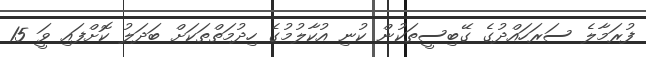
ފުރަމާލެ ސަރަހައްދުގެ ގޭބިސީތަކުން ކުނި އުކާލުމުގެ ހިދުމަތްތަކަށް ބަދަލު ކޮށްފައި ވަީ 15